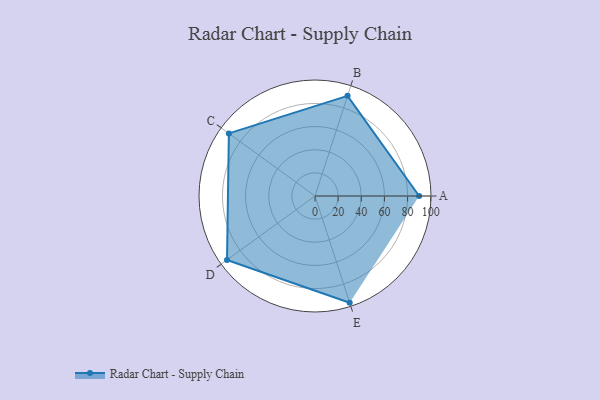
{"axis": {"x": "Skill", "y": "Score"}, "legend": ["Profile"], "data": [{"x": "A", "y": 90.0, "type": "Profile"}, {"x": "B", "y": 91.0, "type": "Profile"}, {"x": "C", "y": 92.0, "type": "Profile"}, {"x": "D", "y": 94.0, "type": "Profile"}, {"x": "E", "y": 97.0, "type": "Profile"}]}